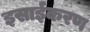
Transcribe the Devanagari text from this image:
इसाईकरण